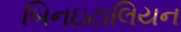
બિનઇટાલિયન